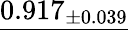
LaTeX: \underline{{0.917_{\pm 0.039}}}